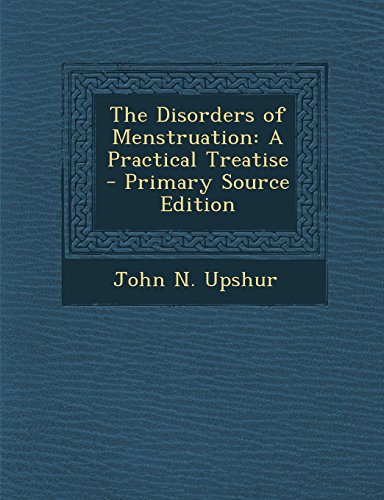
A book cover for The Disorders of Menstruation: A Practical Treatise - Primary Source Edition; John N. Upshur; Health, Fitness & Dieting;